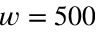
w = 5 0 0